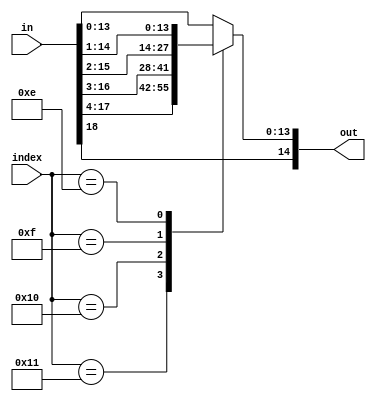
// This file is part of the Cornell University Hardware GPS Receiver Project.
// Copyright (C) 2009 - Adam Shapiro (ams348@cornell.edu)
//                      Tom Chatt (tjc42@cornell.edu)
//
// This program is free software; you can redistribute it and/or modify
// it under the terms of the GNU General Public License as published by
// the Free Software Foundation; either version 2 of the License, or
// (at your option) any later version.
//
// This program is distributed in the hope that it will be useful,
// but WITHOUT ANY WARRANTY; without even the implied warranty of
// MERCHANTABILITY or FITNESS FOR A PARTICULAR PURPOSE. See the
// GNU General Public License for more details.
//
// You should have received a copy of the GNU General Public License
// along with this program; if not, write to the Free Software
// Foundation, Inc., 59 Temple Place, Suite 330, Boston, MA 02111-1307 USA
module fll_truncate(
    input [4:0]       index,
    input [18:0]      in,
    output reg [14:0] out);

   //FIXME Parameters with preprocessor or defines.
   parameter INDEX_WIDTH = 1;
   parameter INPUT_WIDTH = 1;
   parameter OUTPUT_WIDTH = 1;
   parameter SIGNED = 1;

   //Note: For a signed truncation, the bits returned
   //      are a concatenation of the sign bit and
   //      the OUTPUT_WIDTH bits starting at the index.
   always @(index or in) begin
      case(index)
        5'd17: out <= {in[18],in[17:4]};
        5'd16: out <= {in[18],in[16:3]};
        5'd15: out <= {in[18],in[15:2]};
        5'd14: out <= {in[18],in[14:1]};
        default: out <= {in[18],in[13:0]};
      endcase
   end
endmodule